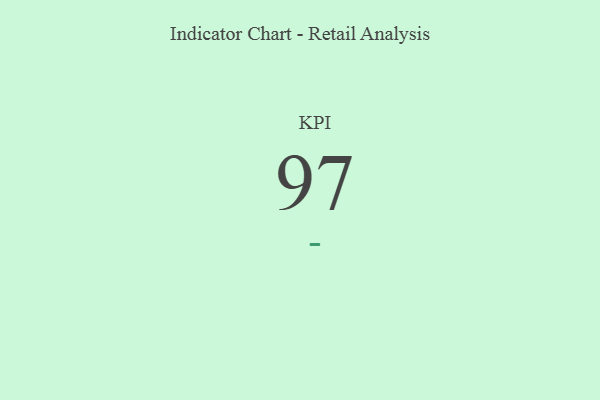
{"axis": {"x": "KPI", "y": "Value"}, "legend": [""], "data": [{"x": "KPI", "y": 97, "type": ""}]}